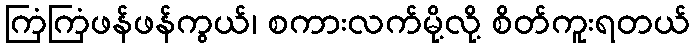
ကြံကြံဖန်ဖန်ကွယ်၊ စကားလက်မို့လို့ စိတ်ကူးရတယ်